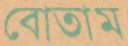
বোতাম